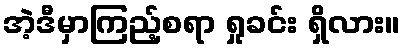
အဲ့ဒီမှာကြည့်စရာ ရှုခင်း ရှိလား။